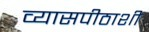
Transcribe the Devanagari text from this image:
व्यासपीठाशी